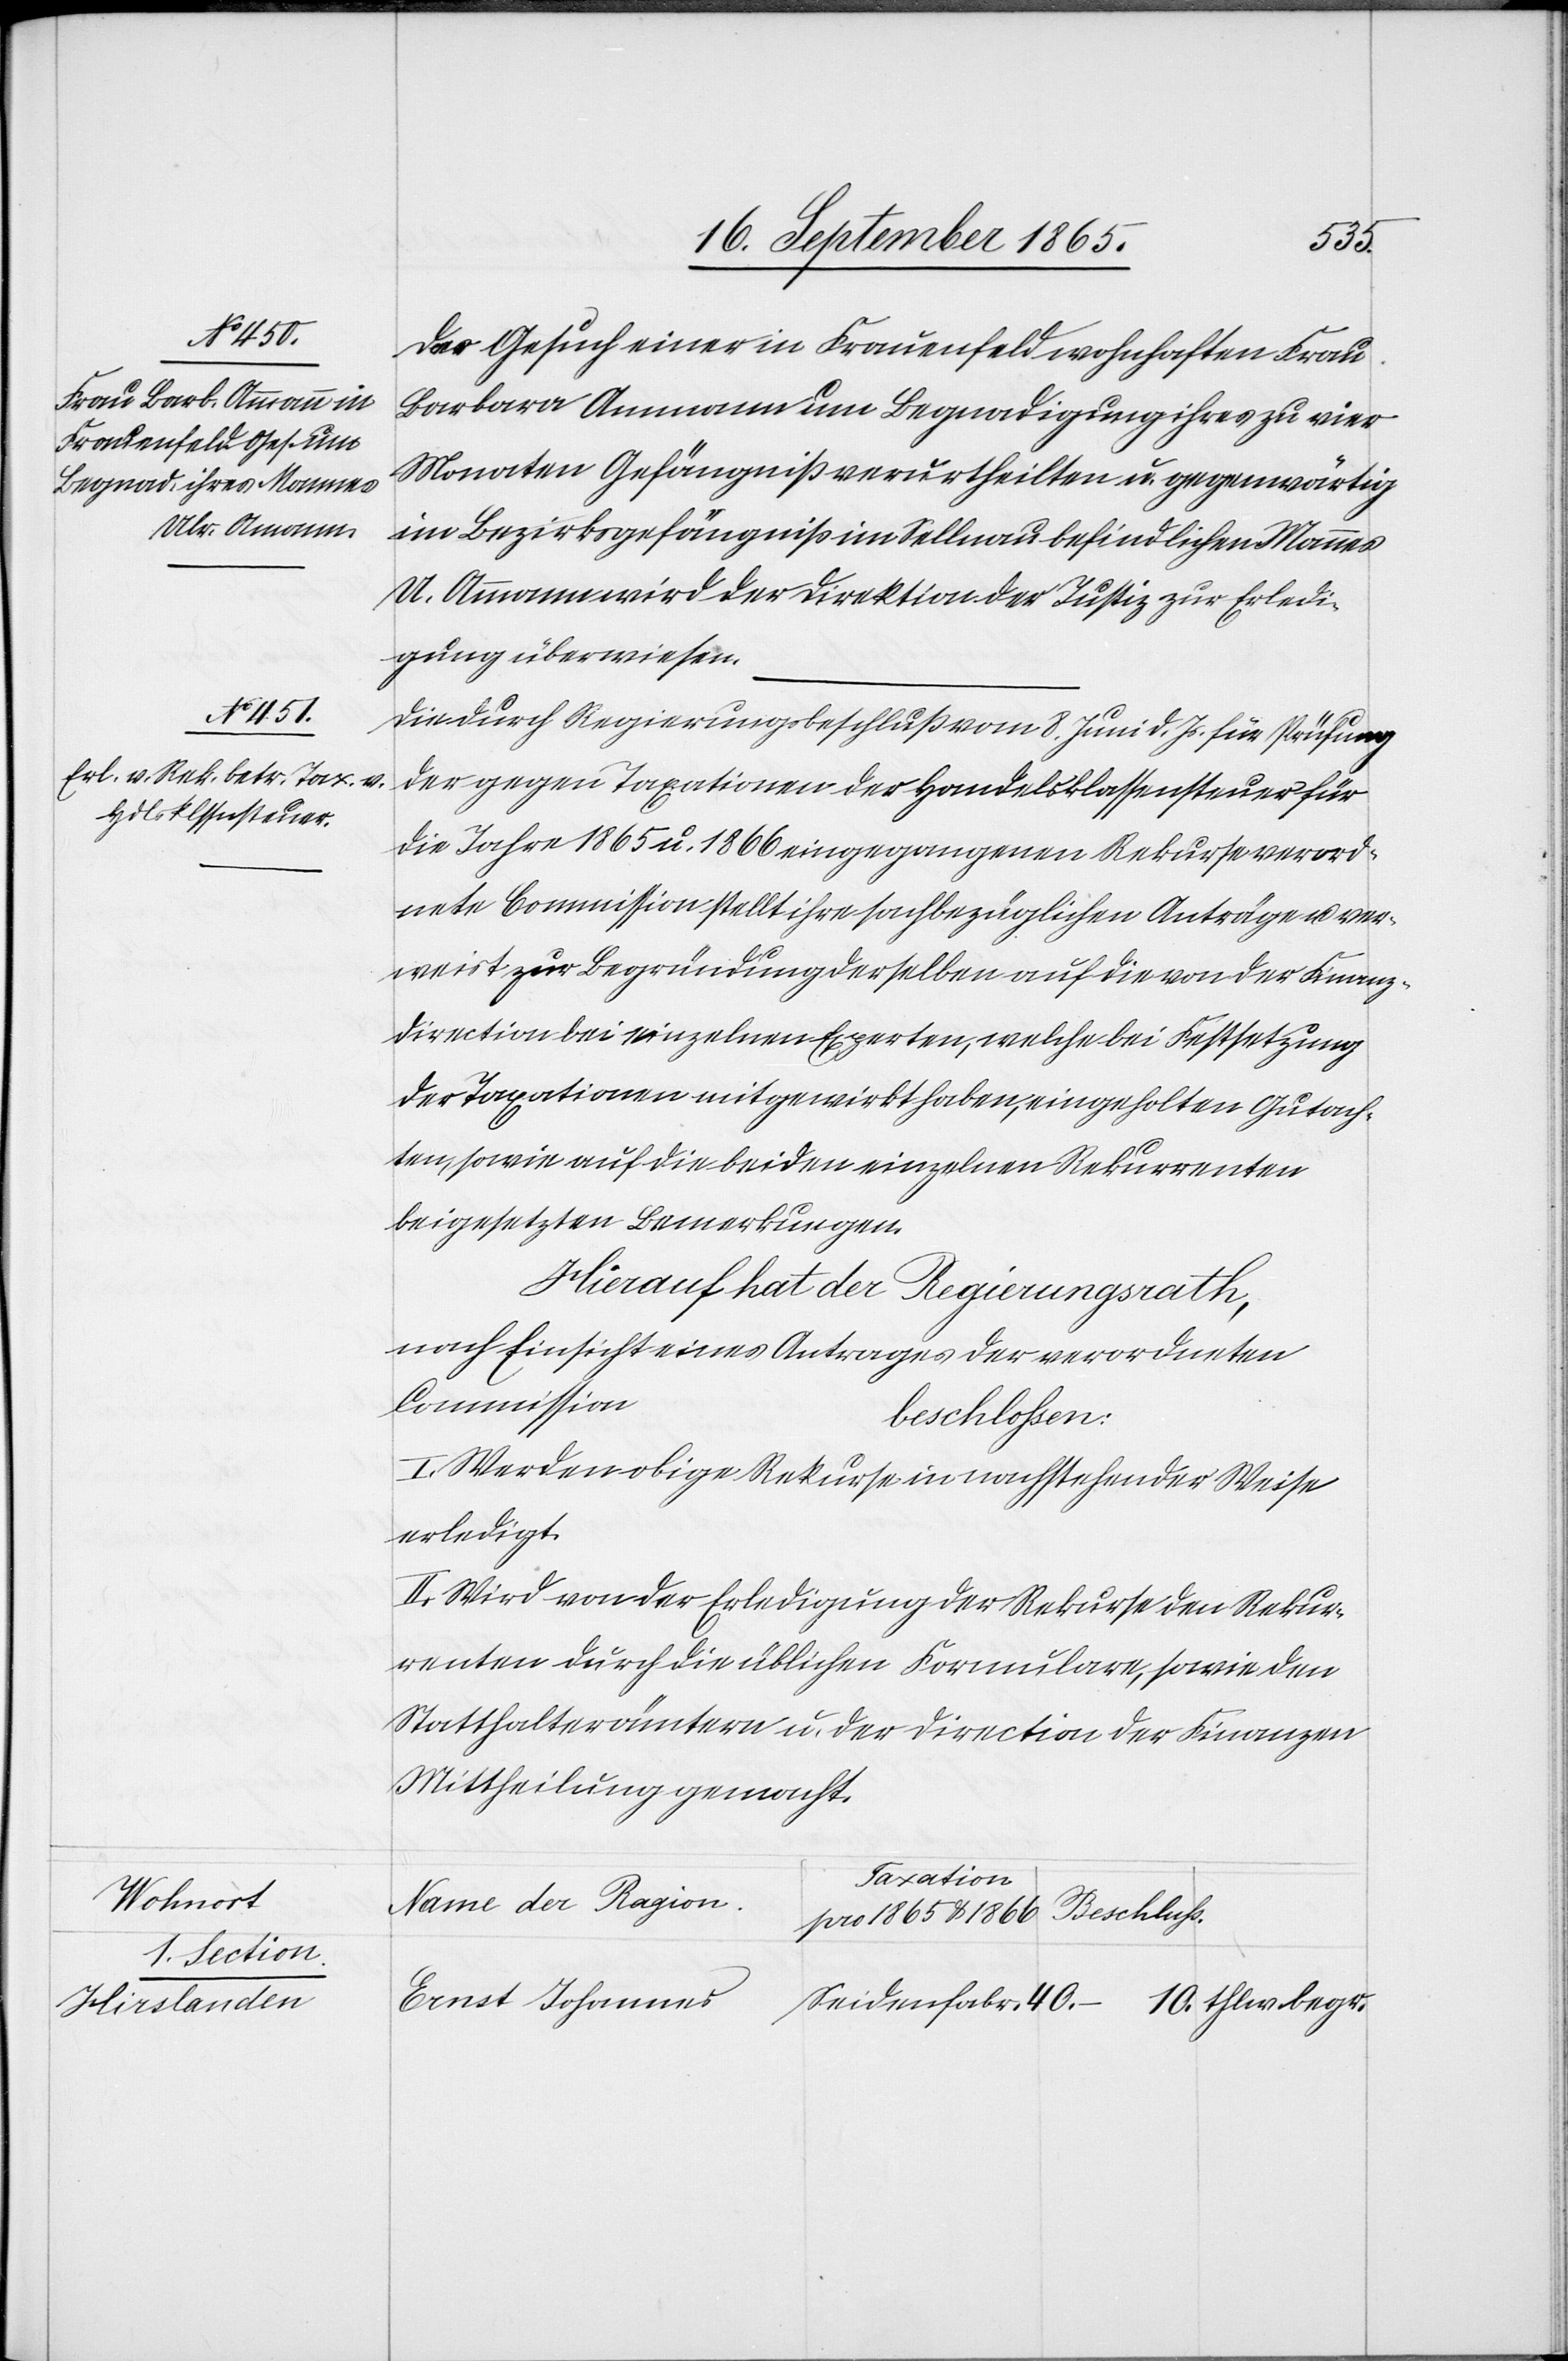
Wohnort
1. Section
Hirslanden

Das Gesuch einer in Frauenfeld wohnhaften Frau
Barbara Ammann um Begnadigung ihres zu vier
Monaten Gefängniß verurtheilten u. gegenwärtig
im Bezirksgefängniß im Sellnau befindlichen Mannes
U. Ammann wird der Direktion der Justiz zur Erledi¬
gung überwiesen.
Die durch Regierungsbeschluß vom 8. Juni d. Js. für Prüfung
der gegen Taxationen der Handelsklassensteuer für
die Jahre 1865 u. 1866 eingegangenen Rekurse verord¬
nete Commission stellt ihre sachbezüglichen Anträge u. ver¬
weist zur Begründung derselben auf die von der Finanz¬
direction bei einzelnen Experten, welche bei Festsetzung
der Taxationen mitgewirkt haben, eingeholten Gutach¬
ten, sowie auf die beiden einzelnen Rekurrenten
beigesetzten Bemerkungen.
Hierauf hat der Regierungsrath,
nach Einsicht eines Antrages der verordneten
Commission
beschlossen:
I. Werden obige Rekurse in nachstehender Weise
erledigt.
II. Wird von der Erledigung der Rekurse den Rekur¬
renten durch die üblichen Formulare, sowie den
Statthalterämtern u. der Direction der Finanzen
Mittheilung gemacht.
Taxation
Name der Ragion
Beschluss
für 1865 & 1866
Ernst Johannes